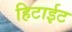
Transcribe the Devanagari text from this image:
हिटाईट